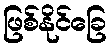
ဖြစ်နိုင်ခြေ